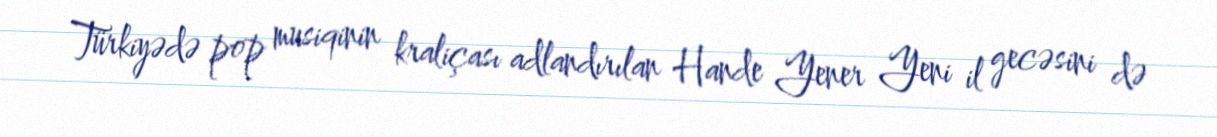
Türkiyədə pop musiqinin kraliçası adlandırılan Hande Yener Yeni il gecəsini də